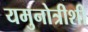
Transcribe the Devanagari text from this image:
यमुनोत्रीशी